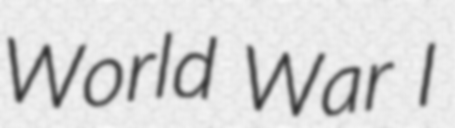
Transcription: World War I